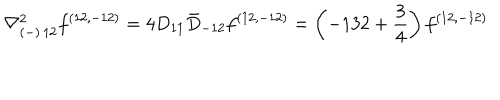
LaTeX: { \nabla _ { ( - ) \, 1 2 } ^ { 2 } f ^ { ( 1 2 , - 1 2 ) } = 4 D _ { 1 1 } \bar { D } _ { - 1 2 } f ^ { ( 1 2 , - 1 2 ) } = \left( - 1 3 2 + { \frac { 3 } { 4 } } \right) f ^ { ( 1 2 , - 1 2 ) } }